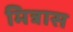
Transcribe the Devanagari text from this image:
मित्रास